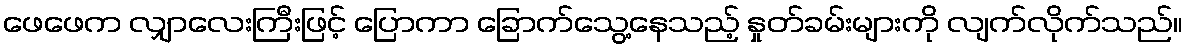
ဖေဖေက လျှာလေးကြီးဖြင့် ပြောကာ ခြောက်သွေ့နေသည့် နှုတ်ခမ်းများကို လျက်လိုက်သည်။